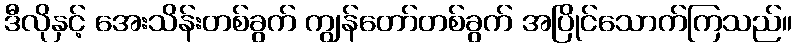
ဒီလိုနှင့် အေးသိန်းတစ်ခွက် ကျွန်တော်တစ်ခွက် အပြိုင်သောက်ကြသည်။